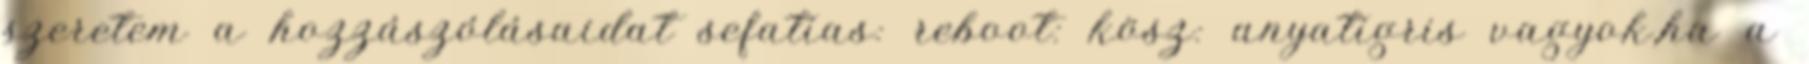
szeretem a hozzászólásaidat sefatias: reboot: kösz: anyatigris vagyok,ha a